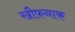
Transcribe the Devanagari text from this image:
खौफ़नाक